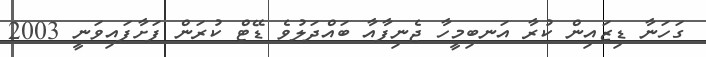
ގަހަނާ ޑިޒައިން ކުރާ އަނބިމީހާ ޖެނިފާއާ ބައްދަލުވެ ޑޭޓް ކުރަން ފަށާފައިވަނީ 2003